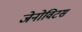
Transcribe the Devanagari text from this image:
जेनोविटस